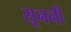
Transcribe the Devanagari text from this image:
सूननी